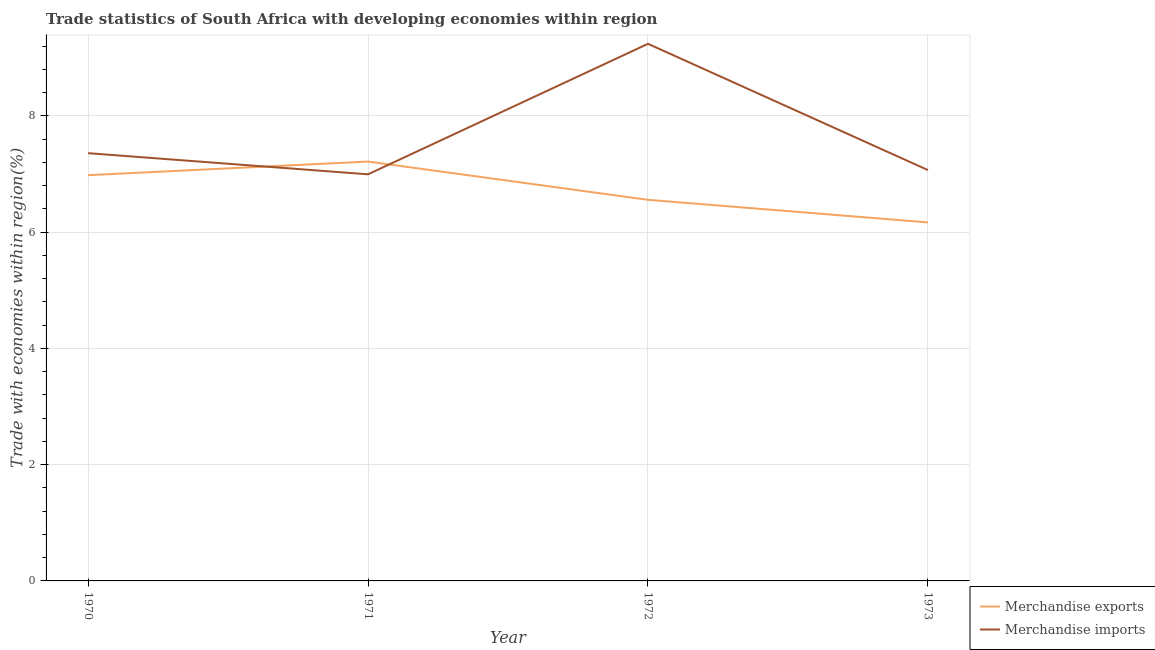
| Year | Merchandise exports | Merchandise imports |
 | --- | --- | --- |
 | 1970 | 6.98 | 7.36 |
 | 1971 | 7.21 | 6.99 |
 | 1972 | 6.56 | 9.24 |
 | 1973 | 6.17 | 7.07 |